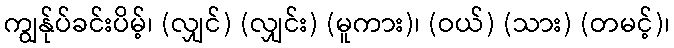
ကျွန်ုပ်ခင်းပိမ့်၊ (လျှင်) (လျှင်း) (မူကား)၊ (ဝယ်) (သား) (တမင့်)၊